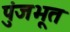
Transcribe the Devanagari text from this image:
पुंजभूत